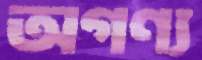
অগণ্য